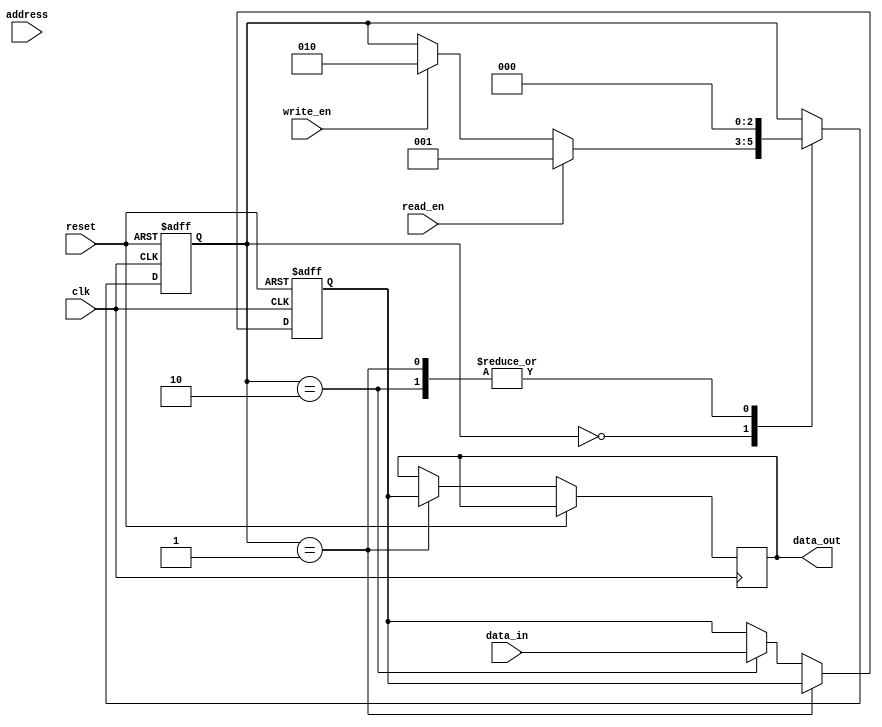
module memory_controller(
    input wire clk,
    input wire reset,
    input wire read_en,
    input wire write_en,
    input wire [7:0] address,
    input wire [7:0] data_in,
    output reg [7:0] data_out
);

// State Machine
reg [2:0] state;
parameter IDLE = 3'd0;
parameter READ = 3'd1;
parameter WRITE = 3'd2;

always @(posedge clk or posedge reset)
begin
    if (reset)
        state <= IDLE;
    else
    begin
        case(state)
            IDLE: begin
                if (read_en)
                    state <= READ;
                else if (write_en)
                    state <= WRITE;
            end
            READ: begin
                state <= IDLE;
            end
            WRITE: begin
                state <= IDLE;
            end
        endcase
    end
end

// Register File
reg [7:0] address_reg;
reg [7:0] data_reg;

always @(posedge clk or posedge reset)
begin
    if (reset)
    begin
        address_reg <= 8'h00;
        data_reg <= 8'h00;
    end
    else
    begin
        if (state == READ)
            data_out <= data_reg;
        else if (state == WRITE)
            data_reg <= data_in;
        
        address_reg <= address;
    end
end

// Memory Interface
// Assume memory operations are performed here

// Control Logic
// Control signals are generated based on state of state machine

// Data Path
// Data input and output operations are handled here

endmodule